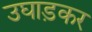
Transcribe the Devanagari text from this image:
उघाड़कर